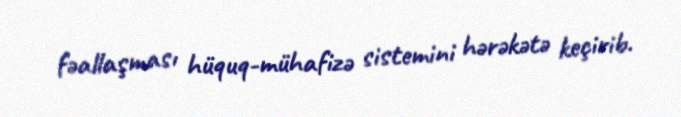
fəallaşması hüquq-mühafizə sistemini hərəkətə keçirib.